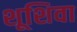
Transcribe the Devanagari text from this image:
शूशिवा